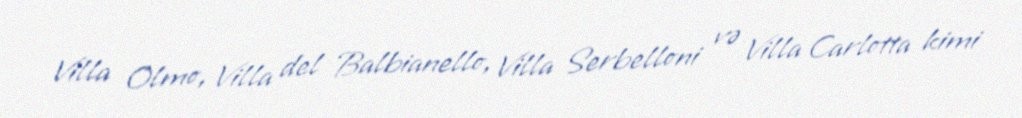
Villa Olmo, Villa del Balbianello, Villa Serbelloni və Villa Carlotta kimi